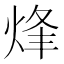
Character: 烽